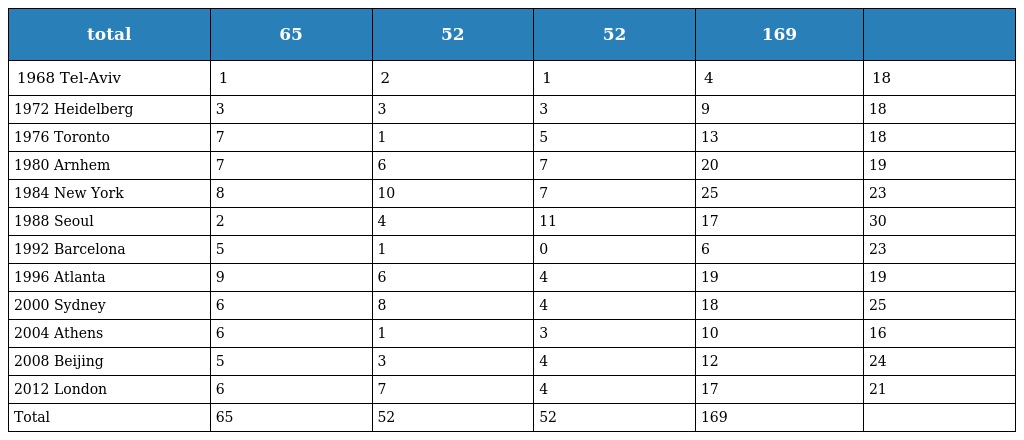
| total | 65 | 52 | 52 | 169 |  |
 | --- | --- | --- | --- | --- | --- |
 | 1968 Tel-Aviv | 1 | 2 | 1 | 4 | 18 |
 | 1972 Heidelberg | 3 | 3 | 3 | 9 | 18 |
 | 1976 Toronto | 7 | 1 | 5 | 13 | 18 |
 | 1980 Arnhem | 7 | 6 | 7 | 20 | 19 |
 | 1984 New York | 8 | 10 | 7 | 25 | 23 |
 | 1988 Seoul | 2 | 4 | 11 | 17 | 30 |
 | 1992 Barcelona | 5 | 1 | 0 | 6 | 23 |
 | 1996 Atlanta | 9 | 6 | 4 | 19 | 19 |
 | 2000 Sydney | 6 | 8 | 4 | 18 | 25 |
 | 2004 Athens | 6 | 1 | 3 | 10 | 16 |
 | 2008 Beijing | 5 | 3 | 4 | 12 | 24 |
 | 2012 London | 6 | 7 | 4 | 17 | 21 |
 | Total | 65 | 52 | 52 | 169 |  |